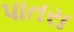
પાતરા